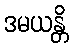
ဒမယန္တိ